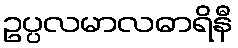
ဥပ္ပလမာလဓာရိနီ